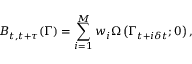
B _ { t , t + \tau } ( \Gamma ) = \sum _ { i = 1 } ^ { M } w _ { i } \Omega \left( \Gamma _ { t + i \delta t } ; 0 \right) ,